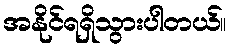
အနိုင်ရရှိသွားပါတယ်။